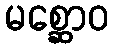
မစ္ဆောဝ